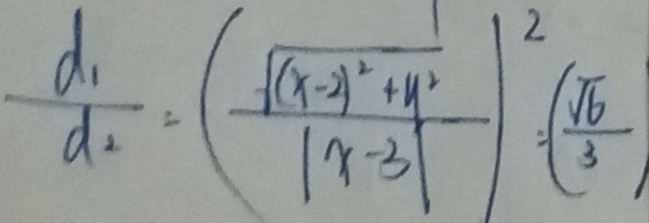
\frac { d _ { 1 } } { d _ { 2 } } = ( \frac { \sqrt { ( x - 2 ) ^ { 2 } } + y ^ { 2 } } { \vert x - 3 \vert } ) ^ { 2 } = ( \frac { \sqrt { 6 } } { 3 } )